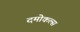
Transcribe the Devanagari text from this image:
दमोकल्स